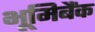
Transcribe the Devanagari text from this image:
भूमिबैंक